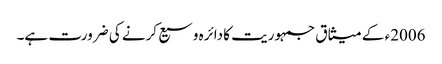
2006ء کے میثاق جمہوریت کا دائرہ وسیع کرنے کی ضرورت ہے۔